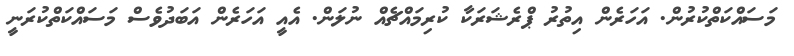
މަސައްކަތްކުރުން. އަހަރެން އިތުރު ޕްރެޝަރަކާ ކުރިމައްޗެއް ނުލަން. އެއީ އަހަރެން އަބަދުވެސް މަސައްކަތްކުރަނީ